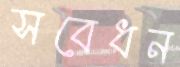
সবেধন